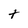
Character: t